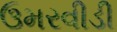
ઉમરવીડી